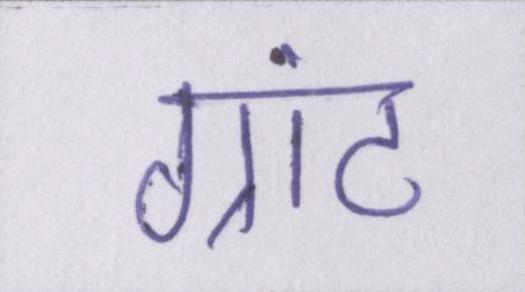
ग्रांट